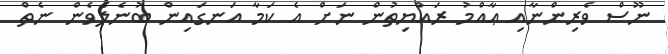
ނޫސް ވެރިންނާއި ޢާއްމު ރައްޔިތުން ނަށް އެ ކަމާ އަނގައިން ބުނެލެވެންް ނެތް